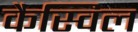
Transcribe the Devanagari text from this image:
कैस्विल